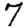
Digit: 7